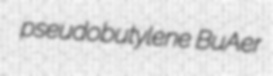
pseudobutylene BuAer